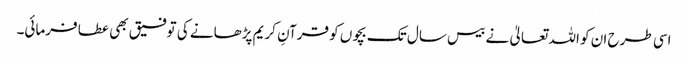
اسی طرح ان کو اللہ تعالیٰ نے بیس سال تک بچوں کو قرآنِ کریم پڑھانے کی توفیق بھی عطا فرمائی۔